Leaving Certificate Examination (including Day School Certificate (Higher) General paper), 1939
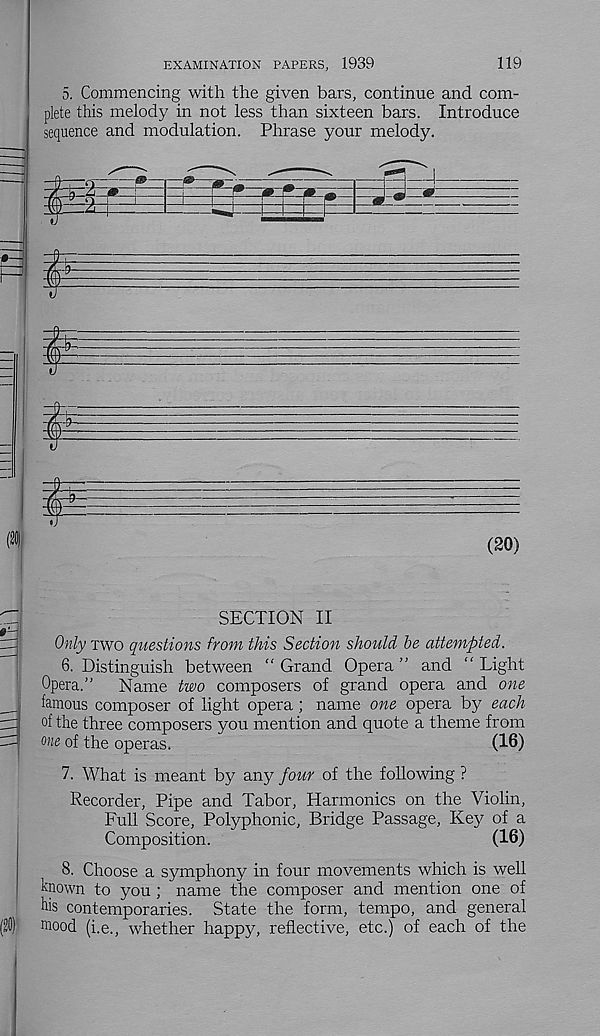
119
EXAMINATION PAPERS, 1939
5. Commencing with the given bars, continue and com-
plete this melody in not less than sixteen bars. Introduce
sequence and modulation. Phrase your melody.
(20)
SECTION II
Only two questions from this Section should he attempted.
6. Distinguish between “ Grand Opera ” and “ Light
Opera.”
Name two composers of grand opera and one
famous composer of light opera; name one opera by each
of the three composers you mention and quote a theme from
owe of the operas.
(16)
7. What is meant by any four of the following ?
Recorder, Pipe and Tabor, Harmonics on the Violin,
Full Score, Polyphonic, Bridge Passage, Key of a
Composition.
(16)
8. Choose a symphony in four movements which is well
known to you ; name the composer and mention one of
his contemporaries. State the form, tempo, and general
mood (i.e., whether happy, reflective, etc.) of each of the